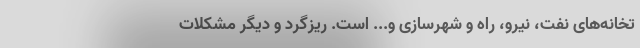
تخانه‌های نفت، نیرو، راه و شهرسازی و... است. ریزگرد و دیگر مشکلات